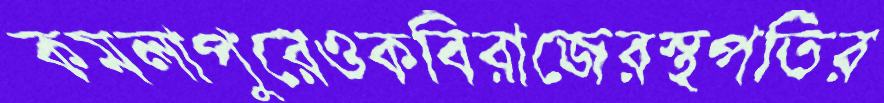
কমলাপুরেওকবিরাজেরস্থপতির